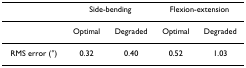
|  | <COLSPAN=2> Side-bending | <COLSPAN=2> Flexion-extension |
 | --- | --- | --- | --- | --- |
 |  | Optimal | Degraded | Optimal | Degraded |
 | RMS error (°) | 0.32 | 0.40 | 0.52 | 1.03 |